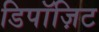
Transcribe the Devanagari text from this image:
डिपॉज़िट